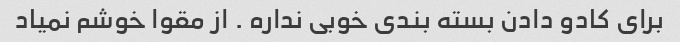
برای کادو دادن بسته بندی خوبی نداره . از مقوا خوشم نمیاد